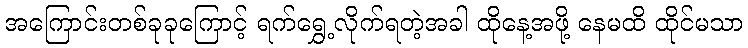
အကြောင်းတစ်ခုခုကြောင့် ရက်ရွှေ့လိုက်ရတဲ့အခါ ထိုနေ့အဖို့ နေမထိ ထိုင်မသာ